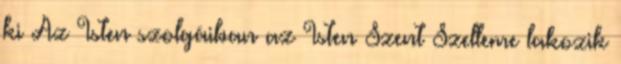
ki Az Isten szolgáiban az Isten Szent Szelleme lakozik